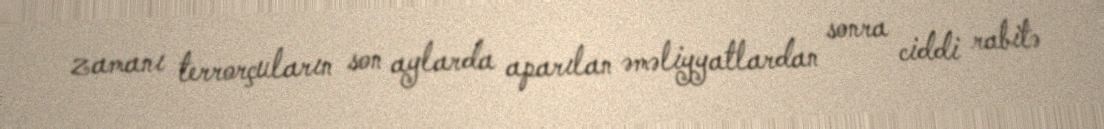
zamanı terrorçuların son aylarda aparılan əməliyyatlardan sonra ciddi rabitə